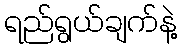
ရည်ရွယ်ချက်နဲ့